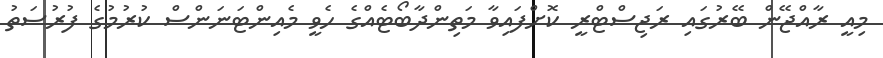
މިއީ ރާއްޖޭން ބޭރުގައި ރަޖިސްޓްރީ ކޮށްފައިވާ މަތިންދާބޯޓެއްގެ ހެވީ މެއިންޓަނަންސް ކުރުމުގެ ފުރުސަތު